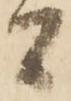
間